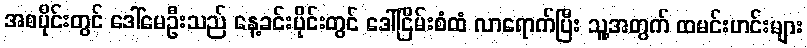
အစပိုင်းတွင် ဒေါ်မေဦးသည် နေ့ခင်းပိုင်းတွင် ဒေါ်ငြိမ်းစံထံ လာရောက်ပြီး သူ့အတွက် ထမင်းဟင်းများ